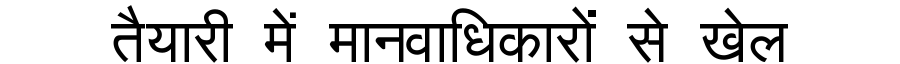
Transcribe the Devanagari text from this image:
तैयारी में मानवाधिकारों से खेल